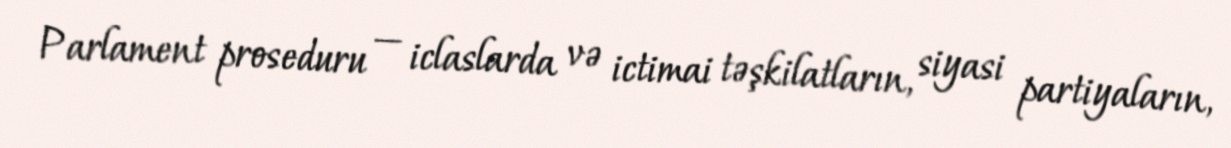
Parlament proseduru — iclaslarda və ictimai təşkilatların, siyasi partiyaların,